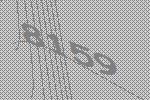
8159